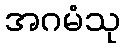
အဂမံသု